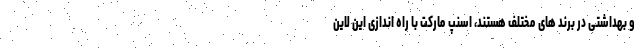
و بهداشتی در برند های مختلف هستند، اسنپ مارکت با راه اندازی این لاین